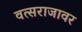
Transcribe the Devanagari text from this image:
वत्सराजावर